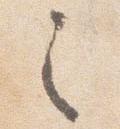
之